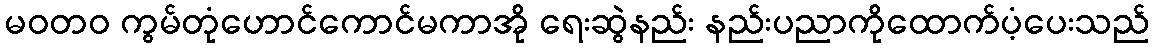
မဝတ၀ ကွမ်တုံဟောင်ကောင်မကာအို ရေးဆွဲနည်း နည်းပညာကိုထောက်ပံ့ပေးသည်